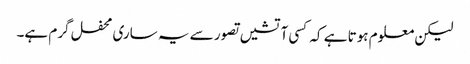
لیکن معلوم ہوتا ہے کہ کسی آتشیں تصور سے یہ ساری محفل گرم ہے۔